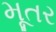
મૂતર